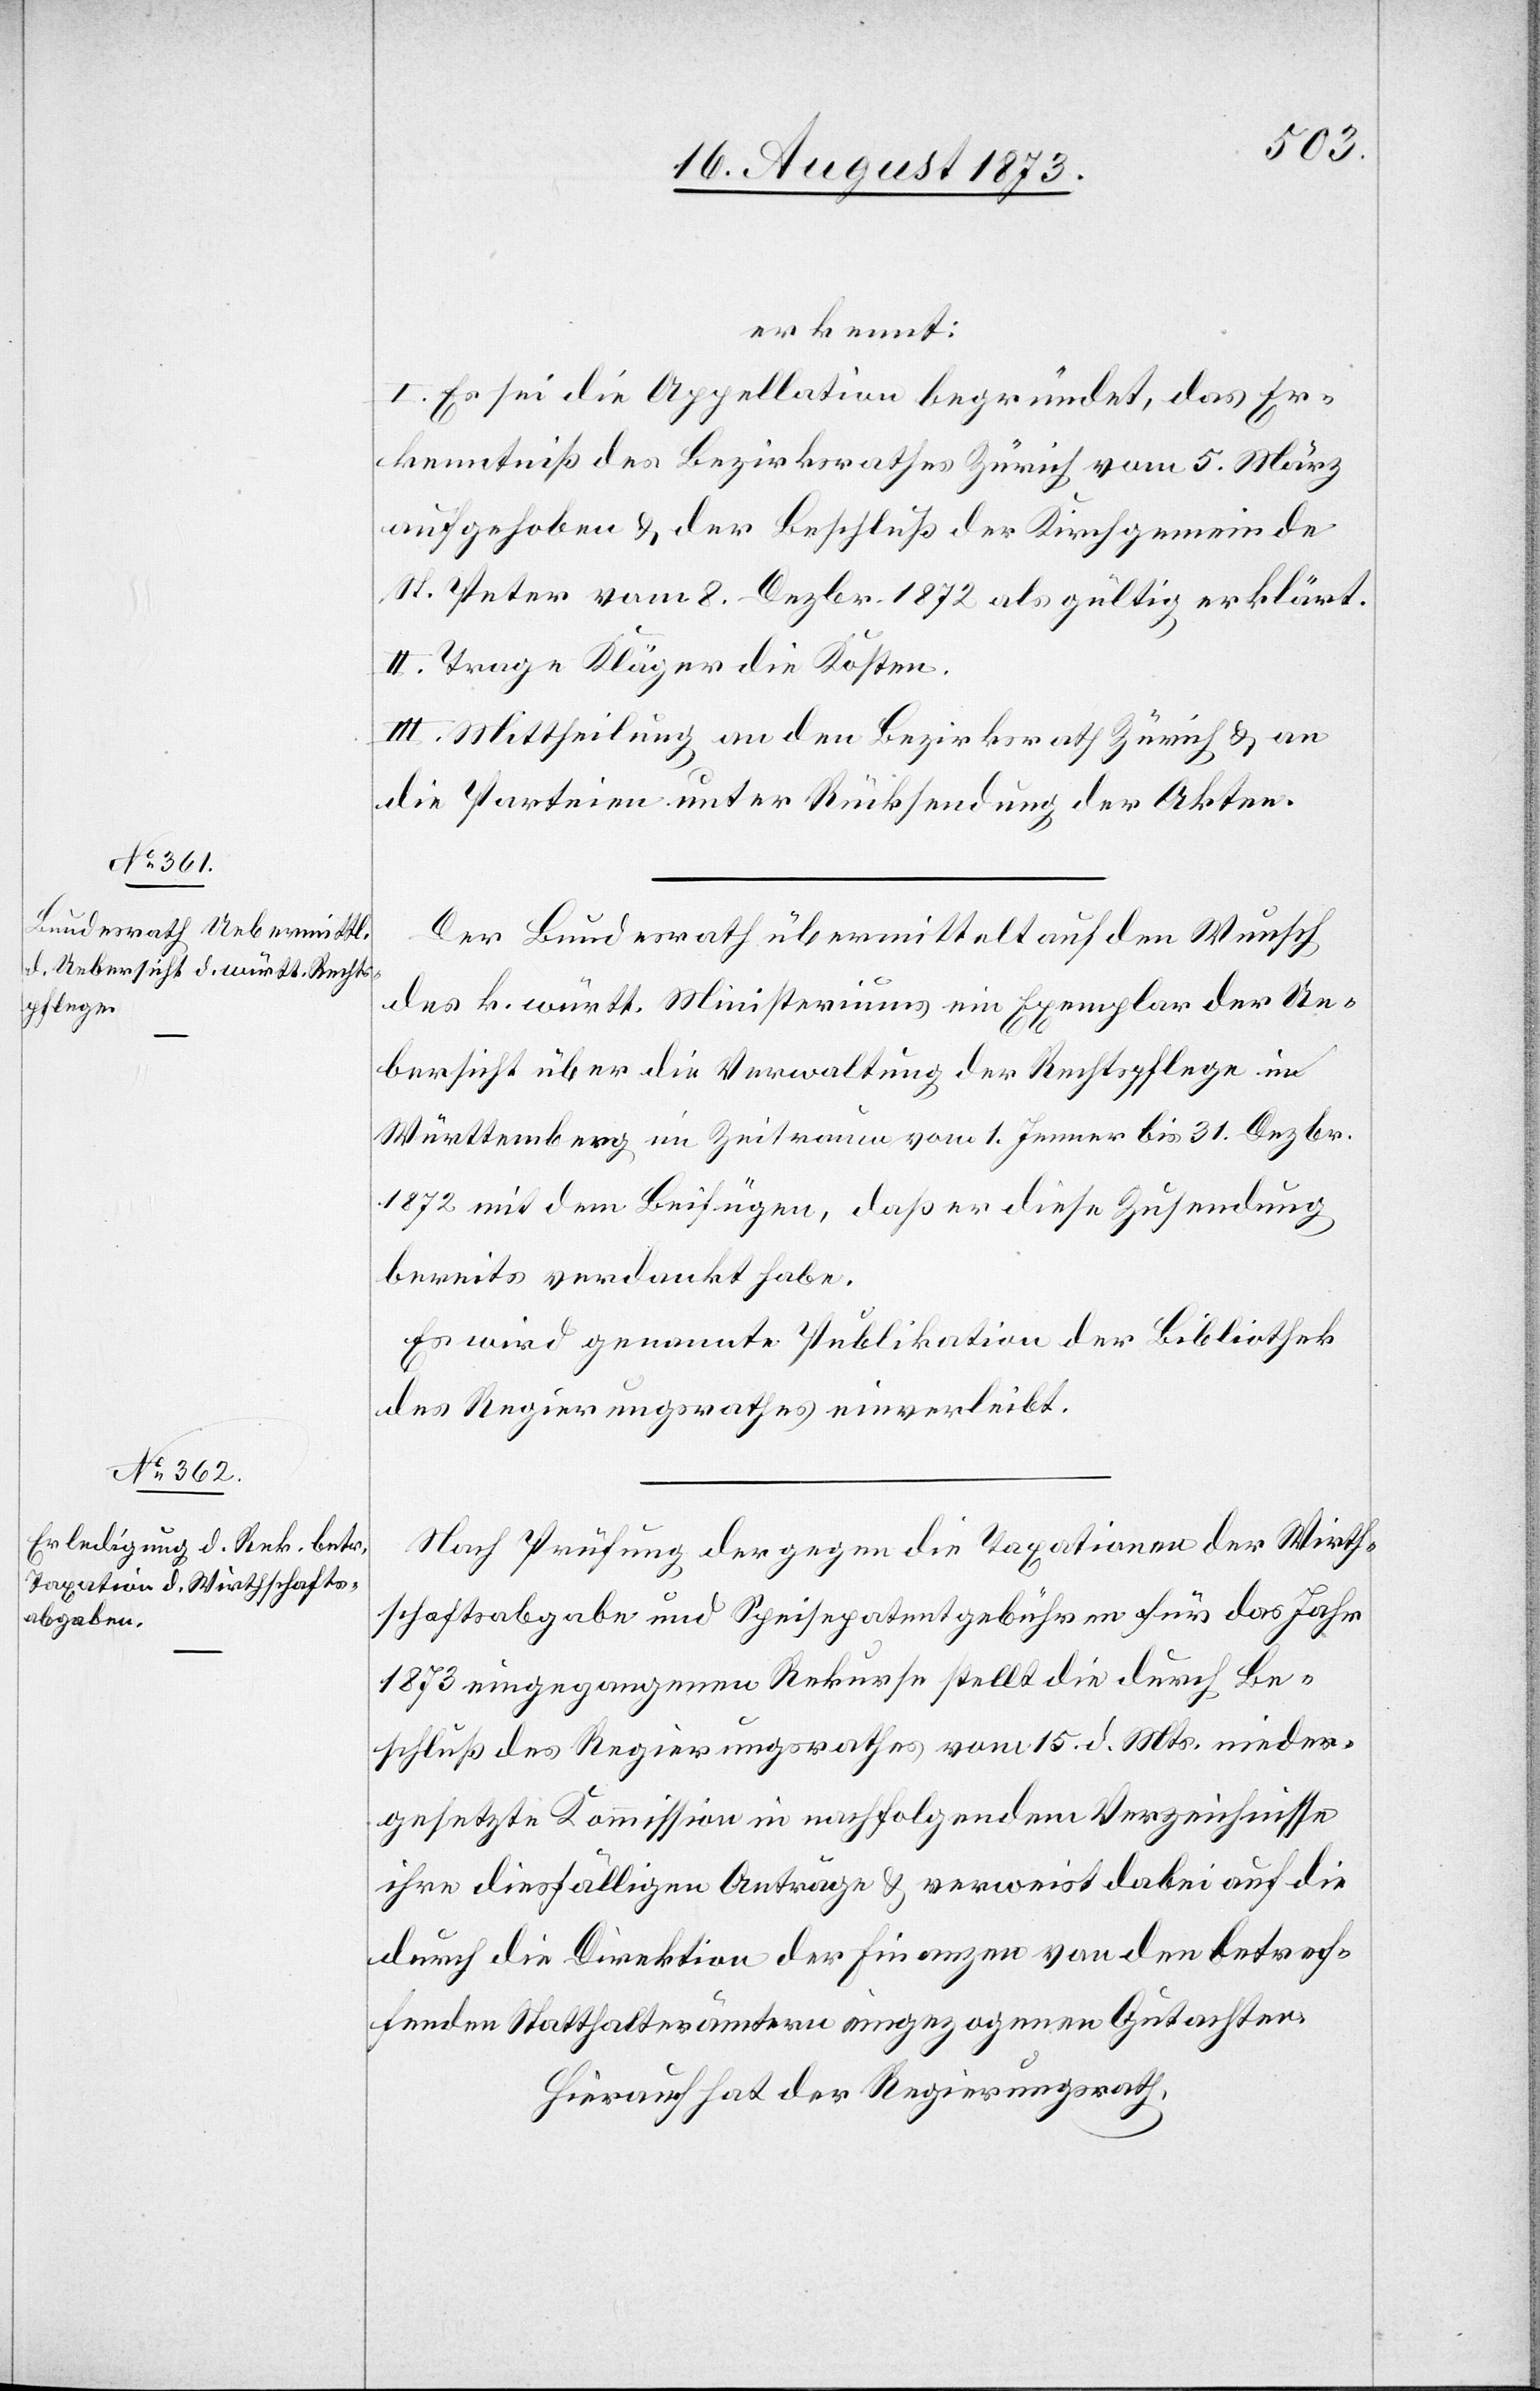
erkennt:
I. Es sei die Appellation begründet, das Er¬
kenntniß des Bezirksrathes Zürich vom 5. März
aufgehoben & der Beschluß der Kirchgemeinde
St. Peter vom 8. Dezbr. 1872 als gültig erklärt.
II. Trage Kläger die Kosten.
III. Mittheilung an den Bezirksrath Zürich & an
die Parteien unter Rücksendung der Akten.
Der Bundesrath übermittelt auf den Wunsch
des k. württ. Ministeriums ein Exemplar der Ue¬
bersicht über die Verwaltung der Rechtspflege in
Württemberg im Zeitraum vom 1. Jenner bis 31. Dezbr.
1872 mit dem Beifügen, daß er diese Zusendung
bereits verdankt habe.
Es wird genannte Publikation der Bibliothek
des Regierungsrathes einverleibt.
Nach Prüfung der gegen die Taxationen der Wirth¬
schaftsabgabe und Speisepatentgebühren für das Jahr
1873 eingegangenen Rekurse stellt die durch Be¬
schluß des Regierungsrathes vom 15. d. Mts. nieder¬
gesetzte Kommission in nachfolgendem Verzeichnisse
ihre diesfälligen Anträge & verweist dabei auf die
durch die Direktion der Finanzen von den betref¬
fenden Statthalterämtern eingezogenen Gutachten.
Hierauf hat der Regierungsrath,